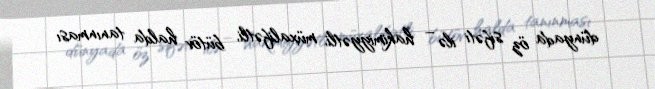
dünyada öz sifəti ilə – hakimiyyətli, müxalifətli, bütöv halda tanınması